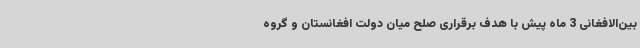
بین‌الافغانی 3 ماه پیش با هدف برقراری صلح میان دولت افغانستان و گروه